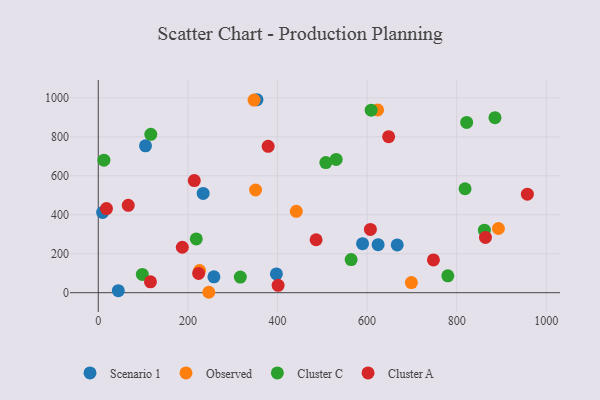
{"axis": {"x": "Engine Size", "y": "Yield"}, "legend": ["Cluster A", "Cluster C", "Observed", "Scenario 1"], "data": [{"x": "589.9", "y": 251.4, "type": "Scenario 1"}, {"x": "44.7", "y": 10.4, "type": "Scenario 1"}, {"x": "397.6", "y": 96.2, "type": "Scenario 1"}, {"x": "624.6", "y": 246.6, "type": "Scenario 1"}, {"x": "234.1", "y": 509.4, "type": "Scenario 1"}, {"x": "667.3", "y": 245.0, "type": "Scenario 1"}, {"x": "354.2", "y": 990.4, "type": "Scenario 1"}, {"x": "9.7", "y": 411.9, "type": "Scenario 1"}, {"x": "105.4", "y": 753.8, "type": "Scenario 1"}, {"x": "258.1", "y": 81.6, "type": "Scenario 1"}, {"x": "698.9", "y": 51.8, "type": "Observed"}, {"x": "442.0", "y": 417.7, "type": "Observed"}, {"x": "226.1", "y": 113.4, "type": "Observed"}, {"x": "347.8", "y": 988.4, "type": "Observed"}, {"x": "351.1", "y": 527.0, "type": "Observed"}, {"x": "623.5", "y": 938.3, "type": "Observed"}, {"x": "246.7", "y": 2.2, "type": "Observed"}, {"x": "893.2", "y": 329.6, "type": "Observed"}, {"x": "609.1", "y": 936.6, "type": "Cluster C"}, {"x": "98.3", "y": 93.9, "type": "Cluster C"}, {"x": "780.2", "y": 86.6, "type": "Cluster C"}, {"x": "12.6", "y": 680.3, "type": "Cluster C"}, {"x": "564.4", "y": 169.9, "type": "Cluster C"}, {"x": "218.7", "y": 276.1, "type": "Cluster C"}, {"x": "117.2", "y": 812.9, "type": "Cluster C"}, {"x": "531.0", "y": 684.1, "type": "Cluster C"}, {"x": "885.5", "y": 898.4, "type": "Cluster C"}, {"x": "507.9", "y": 667.6, "type": "Cluster C"}, {"x": "822.3", "y": 873.7, "type": "Cluster C"}, {"x": "861.8", "y": 320.8, "type": "Cluster C"}, {"x": "818.7", "y": 533.5, "type": "Cluster C"}, {"x": "317.1", "y": 80.0, "type": "Cluster C"}, {"x": "486.2", "y": 271.8, "type": "Cluster A"}, {"x": "401.4", "y": 38.0, "type": "Cluster A"}, {"x": "607.4", "y": 324.9, "type": "Cluster A"}, {"x": "957.8", "y": 505.9, "type": "Cluster A"}, {"x": "379.2", "y": 751.0, "type": "Cluster A"}, {"x": "864.2", "y": 283.8, "type": "Cluster A"}, {"x": "116.5", "y": 55.7, "type": "Cluster A"}, {"x": "66.9", "y": 448.5, "type": "Cluster A"}, {"x": "648.1", "y": 800.9, "type": "Cluster A"}, {"x": "214.3", "y": 575.4, "type": "Cluster A"}, {"x": "18.3", "y": 431.6, "type": "Cluster A"}, {"x": "224.0", "y": 98.9, "type": "Cluster A"}, {"x": "748.1", "y": 168.0, "type": "Cluster A"}, {"x": "187.6", "y": 233.4, "type": "Cluster A"}]}